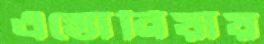
এস্তোনিয়ায়